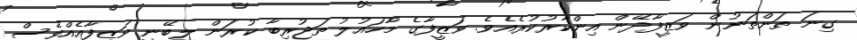
ގިނަ ތަންތަނުން ވަޒީފާދޭން އިންކާރުކުރެއެވެ. ވަޒީފާގެ މާހައުލު ތަޖުރިބާ ކުރަން ލިބޭނީ ވަޒީފާއެއްވެސް